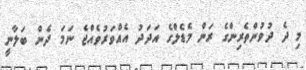
މި ދެ ދުވުންތެރިންގެ ރަން މެޑެލްގެ އަދަދު އެއްވަރުވެއްޖެ ނަމަ ދެން ބަލާނީ